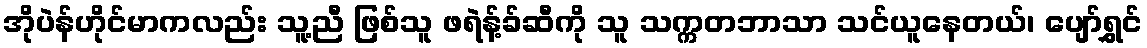
အိုပဲန်ဟိုင်မာကလည်း သူ့ညီ ဖြစ်သူ ဖရဲန့်ခ်ဆီကို သူ သက္ကတဘာသာ သင်ယူနေတယ်၊ ပျော်ရွှင်